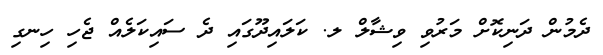
ދެމުން ދަނިކޮށް މަރުވި ވިޝާލް ލ. ކަލައިދޫގައި ދެ ސައިކަލެއް ޖެހި ހިނގި